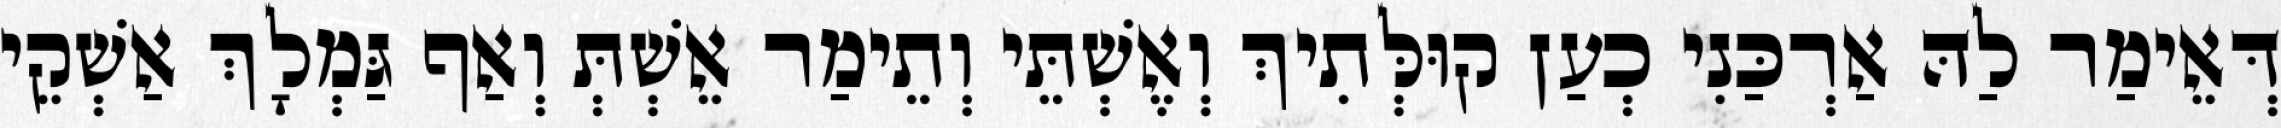
דְּאֵימַר לַהּ אַרְכַּנִי כְעַן קוּלְּתִיךְ וְאֶשְׁתֵּי וְתֵימַר אֵשְׁתְּ וְאַף גַּמְלָךְ אַשְׁקֵי